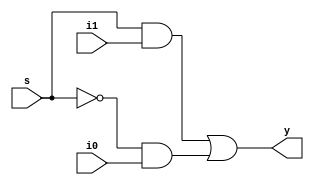
module mux (y,s,i1,i0); //4

input s,i1,i0;
output y;
wire u,t;

not N1 (sbar,s);
and (t,sbar,i0);
and (u,s,i1);
or (y,u,t);

endmodule